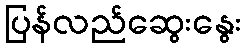
ပြန်လည်ဆွေးနွေး